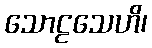
သောဠသေဟိ၊